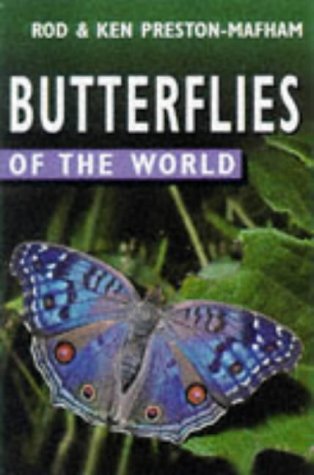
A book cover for Butterflies of the World; Rod Preston-Mafham; Sports & Outdoors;